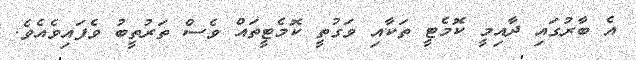
އެ ބާރުގައި ދާއިމީ ކޮމެޓީ ތަކާއި ވަގުތީ ކޮމެޓީތައް ވެސް ތަރުތީބު ވެފައިވެއެވެ.